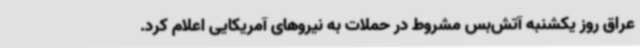
عراق روز یکشنبه آتش‌بس مشروط در حملات به نیروهای آمریکایی اعلام کرد.